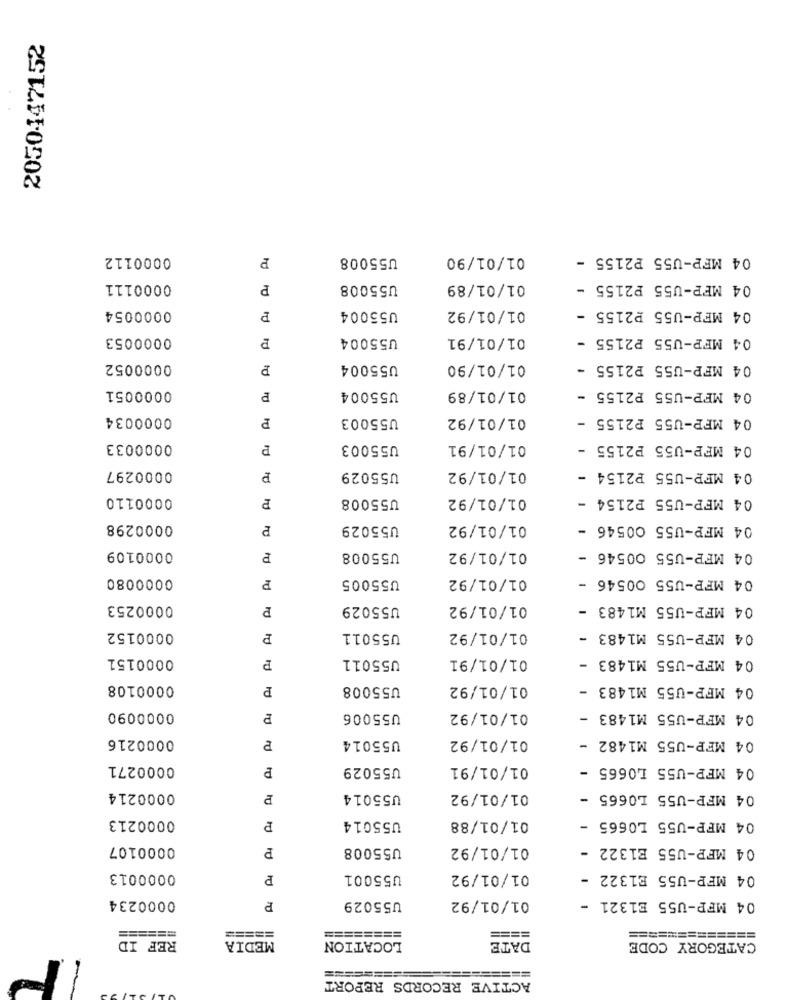
2050447152
0000112
P
U55008
01/01/90
04 MFP-U55 P2155 -
0000111
P
U55008
01/01/89
04 MFP-U55 P2155
01/01/92
04 MFP-U55 P2155 -
0000054
P
U53004
0000053
U55004
01/01/91
04 MFP-U55 P2155 -
td
0000052
P
U55004
01/01/90
04 MFP-U55 P2155 -
04 MFP-U55 P2155 -
0000051
P
U55004
01/01/89
0000034
P
U55003
01/01/92
04 MFP-U55 P2155 -
0000033
P
U55003
01/01/91
04 MFP-U55 P2155 -
0000297
P
U55029
01/01/92
04 MFP-U55 P2154 -
0000110
U55008
01/01/92
04 MFP-U55 P2154 -
0000298
P
U55029
01/01/92
04 MFP-U55 00546 -
0000109
P
U55008
01/01/92
04 MFP-U55 00546 -
0000080
P
U55005
01/01/92
04 MFP-U55 00546 -
0000253
P
U55029
01/01/92
04 MFP-U55 M1483 -
0000152
P
U55011
01/01/92
04 MFP-U55 M1483 -
0000151
U55011
01/01/91
04 MFP-U55 M1483 -
P
0000108
P
U55008
01/01/92
04 MFP-U55 M1483
0000090
P
U55006
01/01/92
04 MFP-U55 M1483 -
0000216
U55014
01/01/92
04 MFP-U55 M1482 -
P
0000271
P
U55029
01/01/91
04 MFP-U55 L0665 -
0000214
U55014
01/01/92
04 MFP-U55 L0665 -
0000213
01/01/88
U55014
04 MFP-U55 L0665 -
0000107
P
U55008
01/01/92
04 MFP-U55 E1322 -
0000013
P
U55001
01/01/92
04 MFP-U55 E1322 -
0000234
04 MFP-U55 E1321 -
P
U55029
01/01/92
======
=====
========
============
REF ID
====
MEDIA
LOCATION
DATE
CATEGORY CODE
=========
=====
ACTIVE RECORDS REPORT